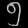
Digit: ၅